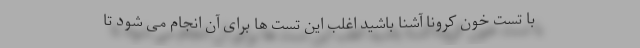
با تست خون کرونا آشنا باشید اغلب این تست ها برای آن انجام می شود تا